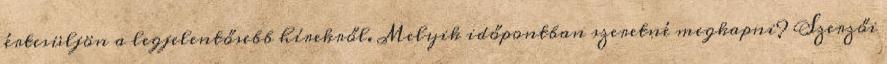
értesüljön a legjelentősebb hírekről. Melyik időpontban szeretné megkapni? Szerzői